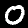
Label: 0